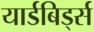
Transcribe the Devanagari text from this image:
यार्डबिर्ड्स